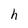
Character: h